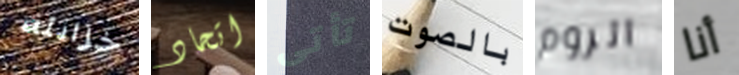
خزانته اتحاد تأتى بالصوت الروم أنا